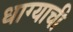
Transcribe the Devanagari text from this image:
धाग्याची